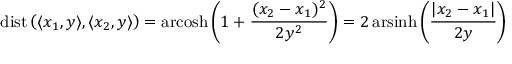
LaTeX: \operatorname { d i s t } \left( \langle x _ { 1 } , y \rangle , \langle x _ { 2 } , y \rangle \right) = \operatorname { a r c o s h } \left( 1 + { \frac { ( x _ { 2 } - x _ { 1 } ) ^ { 2 } } { 2 y ^ { 2 } } } \right) = 2 \operatorname { a r s i n h } \left( { \frac { | x _ { 2 } - x _ { 1 } | } { 2 y } } \right)